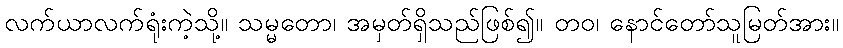
လက်ယာလက်ရုံးကဲ့သို့။ သမ္မတော၊ အမှတ်ရှိသည်ဖြစ်၍။ တဝ၊ နောင်တော်သူမြတ်အား။